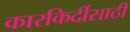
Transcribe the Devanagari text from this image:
कारकिर्दीसाठी